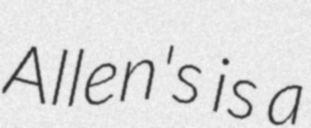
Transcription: Allen's is a